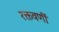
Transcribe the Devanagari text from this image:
रक्तवर्णी